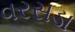
વરસડા